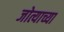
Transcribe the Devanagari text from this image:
जोत्याच्या